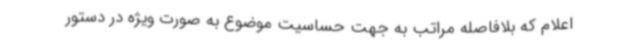
اعلام که بلافاصله مراتب به جهت حساسیت موضوع به صورت ویژه در دستور